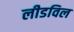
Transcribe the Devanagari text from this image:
लीडविल